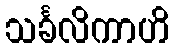
သင်္ခလိကာဟိ